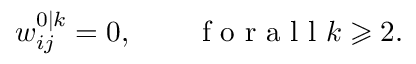
w _ { i j } ^ { 0 | k } = 0 , \qquad \mathrm { ~ f ~ o ~ r ~ a ~ l ~ l ~ } k \geqslant 2 .